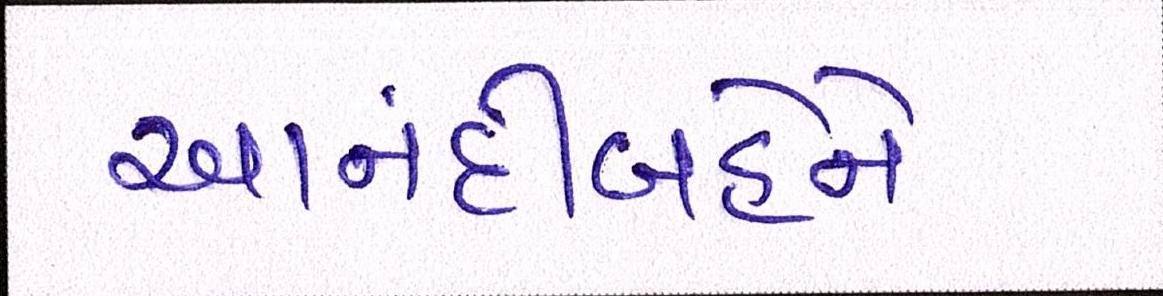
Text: આનંદીબહેને